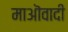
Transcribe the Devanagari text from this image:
माऒवादी